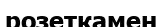
розеткамен